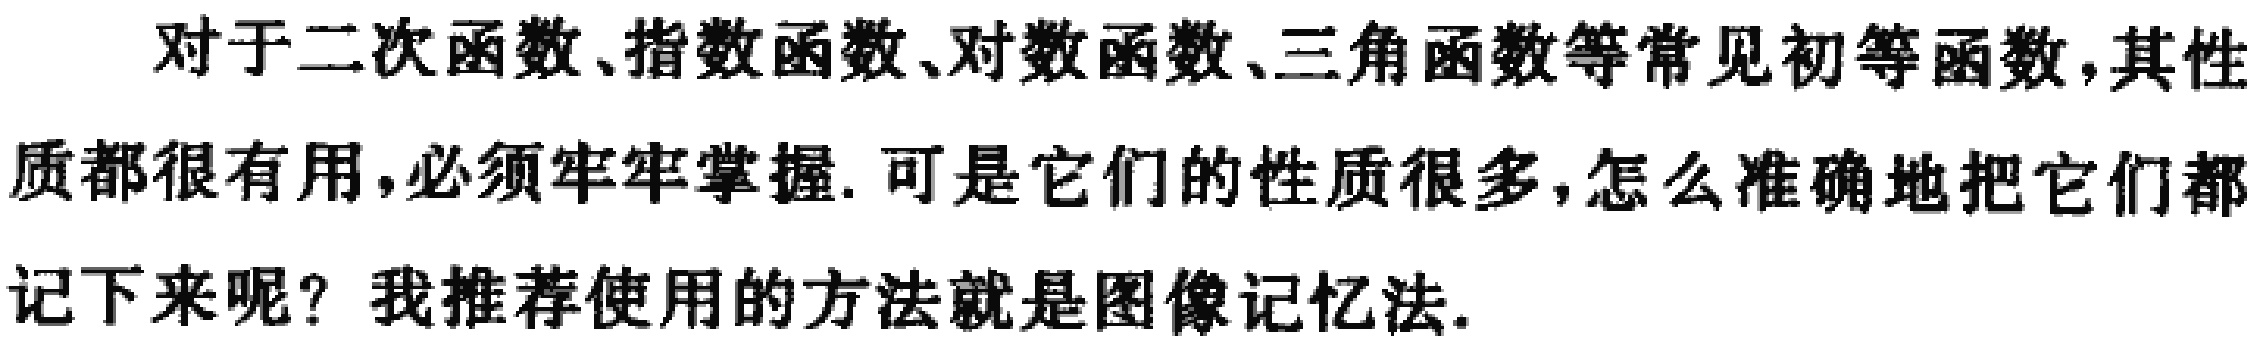
对于二次函数、指数函数、对数函数、三角函数等常见初等函数，其性质都很有用，必须牢牢掌握. 可是它们的性质很多，怎么准确地把它们都记下来呢？我推荐使用的方法就是图像记忆法.